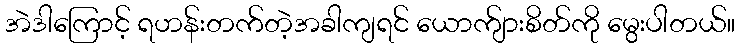
အဲဒါကြောင့် ရဟန်းတက်တဲ့အခါကျရင် ယောက်ျားစိတ်ကို မွေးပါတယ်။